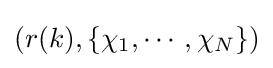
(r(k),\{\chi _{1},\cdots ,\chi _{N}\})